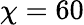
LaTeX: \chi=60